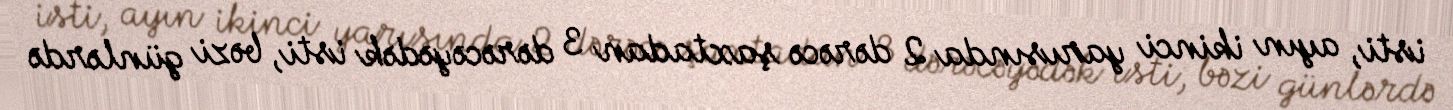
isti, ayın ikinci yarısında 2 dərəcə şaxtadan 3 dərəcəyədək isti, bəzi günlərdə